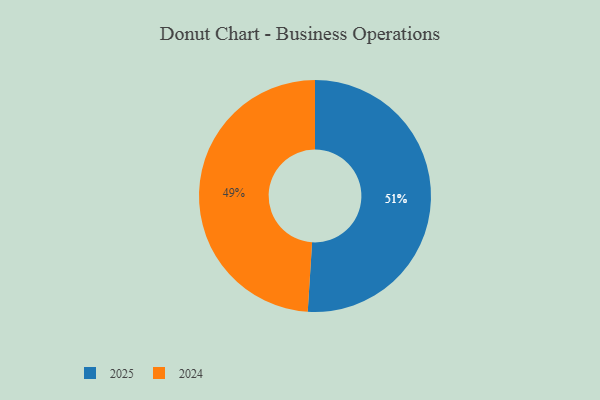
{"axis": {"x": "Category", "y": "Percentage"}, "legend": ["2024", "2025"], "data": [{"x": "2025", "y": 51, "type": "2025"}, {"x": "2024", "y": 49, "type": "2024"}]}